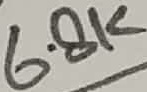
Text: 6.8K